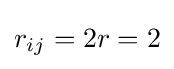
r_{ij}=2r=2